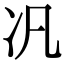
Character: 𪞖